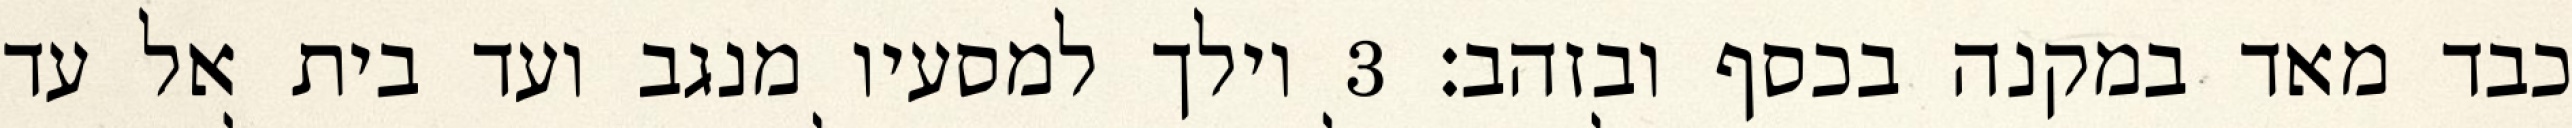
כבד מאד במקנה בכסף ובזהב׃ ‎3‏ וילך למסעיו מנגב ועד בית אל עד